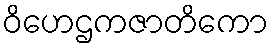
ဝိဟေဌကဇာတိကော